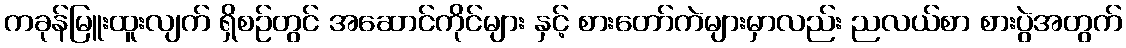
ကခုန်မြူးထူးလျက် ရှိစဉ်တွင် အဆောင်ကိုင်များ နှင့် စားတော်ကဲများမှာလည်း ညလယ်စာ စားပွဲအတွက်